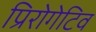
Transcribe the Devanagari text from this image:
प्रिरोगेटिव